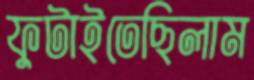
ফুটাইতেছিলাম